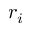
r _ { i }